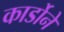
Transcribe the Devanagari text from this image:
कार्डोने